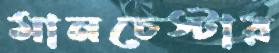
মানচেস্টার